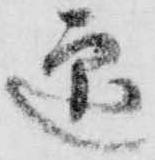
迎